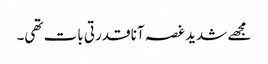
مجھے شدید غصہ آنا قدرتی بات تھی۔